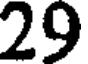
29